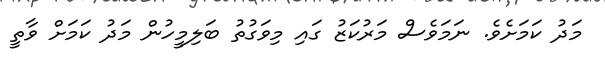
މަދު ކަމަށެވެ. ނަމަވެސް މަރުކަޒު ގައި މިވަގުތު ބަލިމީހުން މަދު ކަމަށް ވާތީ